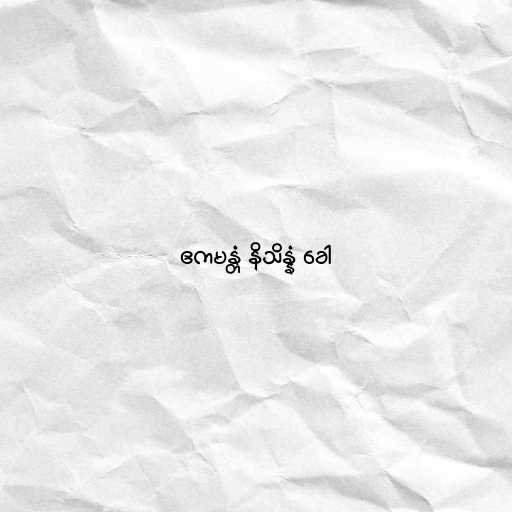
ဧကမန္တံ နိသိန္နံ ခေါ